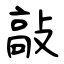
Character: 敲